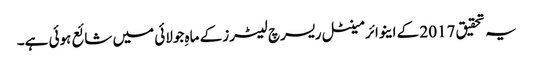
یہ تحقیق 2017 کے اینوائرمینٹل ریسرچ لیٹرز کے ماہِ جولائی میں شائع ہوئی ہے۔